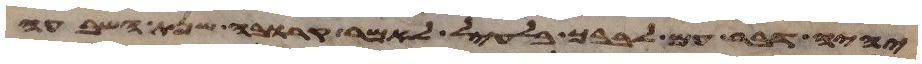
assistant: יהיה דבר עם לבבך בלעיל לאמר קרובה שנת השבעה